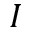
I